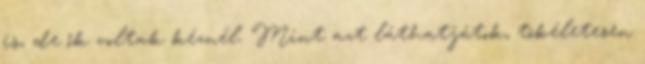
is, de ők voltak kéznél. Mint azt láthatjátok, tökéletesen